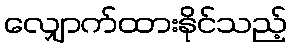
လျှောက်ထားနိုင်သည့်